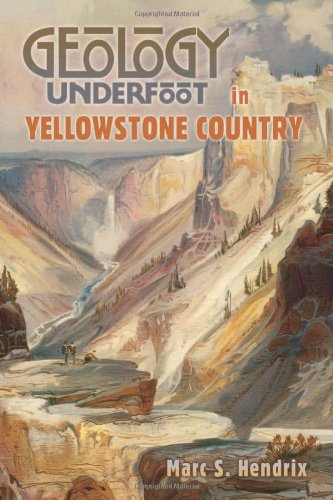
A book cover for Geology Underfoot in Yellowstone CountryÂ Â ; Marc S. Hendrix; Travel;